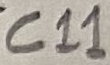
Text: C11